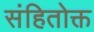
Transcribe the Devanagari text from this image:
संहितोक्त